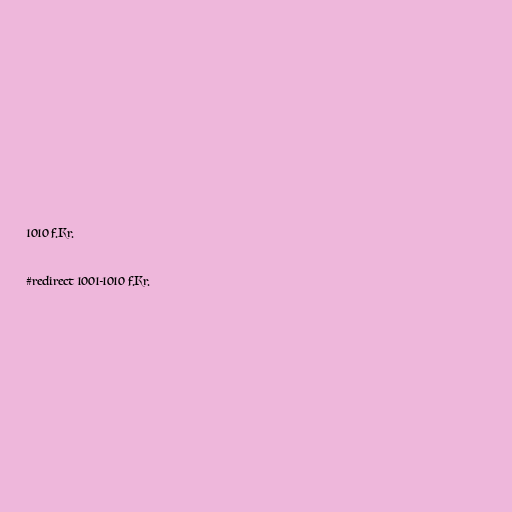
1010 f.Kr.

#redirect 1001-1010 f.Kr.